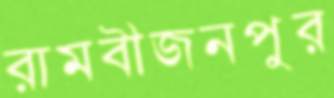
রামবীজনপুর